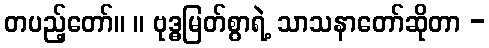
တပည့်တော်။ ။ ဗုဒ္ဓမြတ်စွာရဲ့ သာသနာတော်ဆိုတာ -